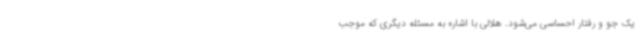
یک جو و رفتار احساسی می‌شود. هلالی با اشاره به مسئله دیگری که موجب